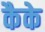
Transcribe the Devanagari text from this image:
कैके